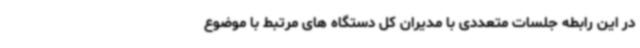
در این رابطه جلسات متعددی با مدیران کل دستگاه های مرتبط با موضوع